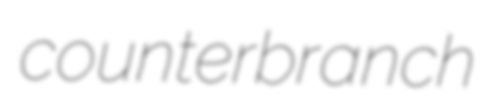
counterbranch